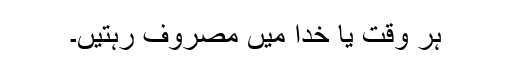
ہر وقت یا خدا میں مصروف رہتیں۔